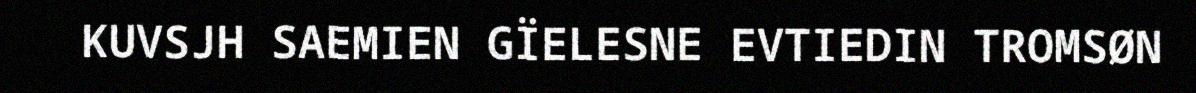
KUVSJH SAEMIEN GÏELESNE EVTIEDIN TROMSØN